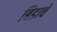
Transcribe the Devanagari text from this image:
बिडाचे